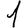
Digit: 1